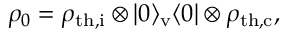
\rho _ { 0 } = \rho _ { \mathrm { t h , i } } \otimes | 0 \rangle _ { \mathrm { v } } \langle 0 | \otimes \rho _ { \mathrm { t h , c } } ,